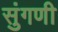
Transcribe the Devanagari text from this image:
सुंगणी